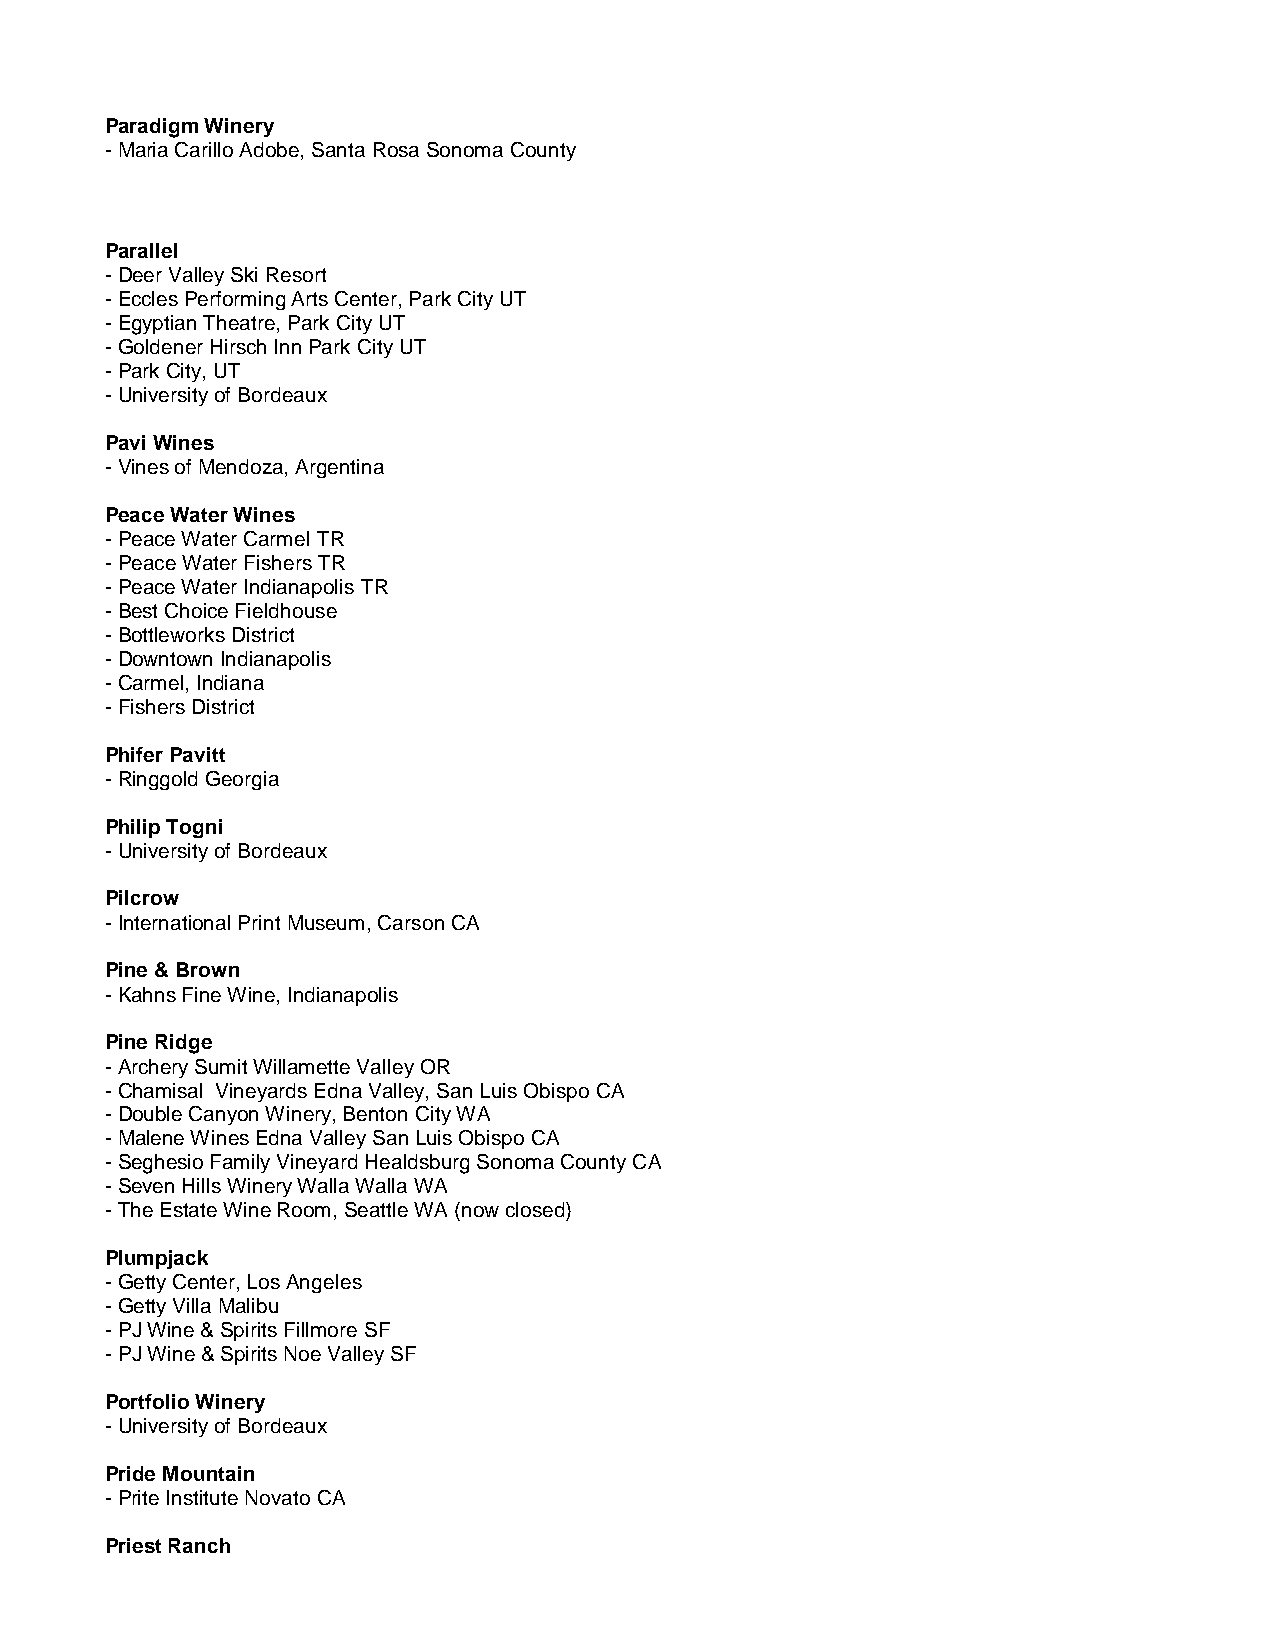
Paradigm Winery
 - Maria Carillo Adobe, Santa Rosa Sonoma County
 Parallel
 - Deer Valley Ski Resort
 - Eccles Performing Arts Center, Park City UT
 - Egyptian Theatre, Park City UT
 - Goldener Hirsch Inn Park City UT
 - Park City, UT
 - University of Bordeaux
 Pavi Wines
 - Vines of Mendoza, Argentina
 Peace Water Wines
 - Peace Water Carmel TR
 - Peace Water Fishers TR
 - Peace Water Indianapolis TR
 - Best Choice Fieldhouse
 - Bottleworks District
 - Downtown Indianapolis
 - Carmel, Indiana
 - Fishers District
 Phifer Pavitt
 - Ringgold Georgia
 Philip Togni
 - University of Bordeaux
 Pilcrow
 - International Print Museum, Carson CA
 Pine & Brown
 - Kahns Fine Wine, Indianapolis
 Pine Ridge
 - Archery Sumit Willamette Valley OR
 - Chamisal Vineyards Edna Valley, San Luis Obispo CA
 - Double Canyon Winery, Benton City WA
 - Malene Wines Edna Valley San Luis Obispo CA
 - Seghesio Family Vineyard Healdsburg Sonoma County CA
 - Seven Hills Winery Walla Walla WA
 - The Estate Wine Room, Seattle WA (now closed)
 Plumpjack
 - Getty Center, Los Angeles
 - Getty Villa Malibu
 - PJ Wine & Spirits Fillmore SF
 - PJ Wine & Spirits Noe Valley SF
 Portfolio Winery
 - University of Bordeaux
 Pride Mountain
 - Prite Institute Novato CA
 Priest Ranch